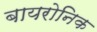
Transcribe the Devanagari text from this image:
बायरोनिक